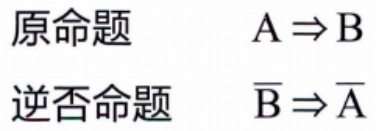
原命题 & \(A \Rightarrow B\)\\

逆否命题 & \(\overline{B} \Rightarrow \overline{A}\)